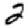
Digit: 2